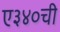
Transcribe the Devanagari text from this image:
ए३४०ची